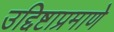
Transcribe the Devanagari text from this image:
उद्दिष्टाप्रमाणे